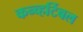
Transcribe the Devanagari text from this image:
कन्व्हर्टिबल